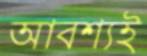
আবশ্যই